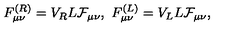
F _ { \mu \nu } ^ { ( R ) } = V _ { R } L { \cal F } _ { \mu \nu } , \ F _ { \mu \nu } ^ { ( L ) } = V _ { L } L { \cal F } _ { \mu \nu } ,